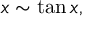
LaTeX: x \sim \tan x ,